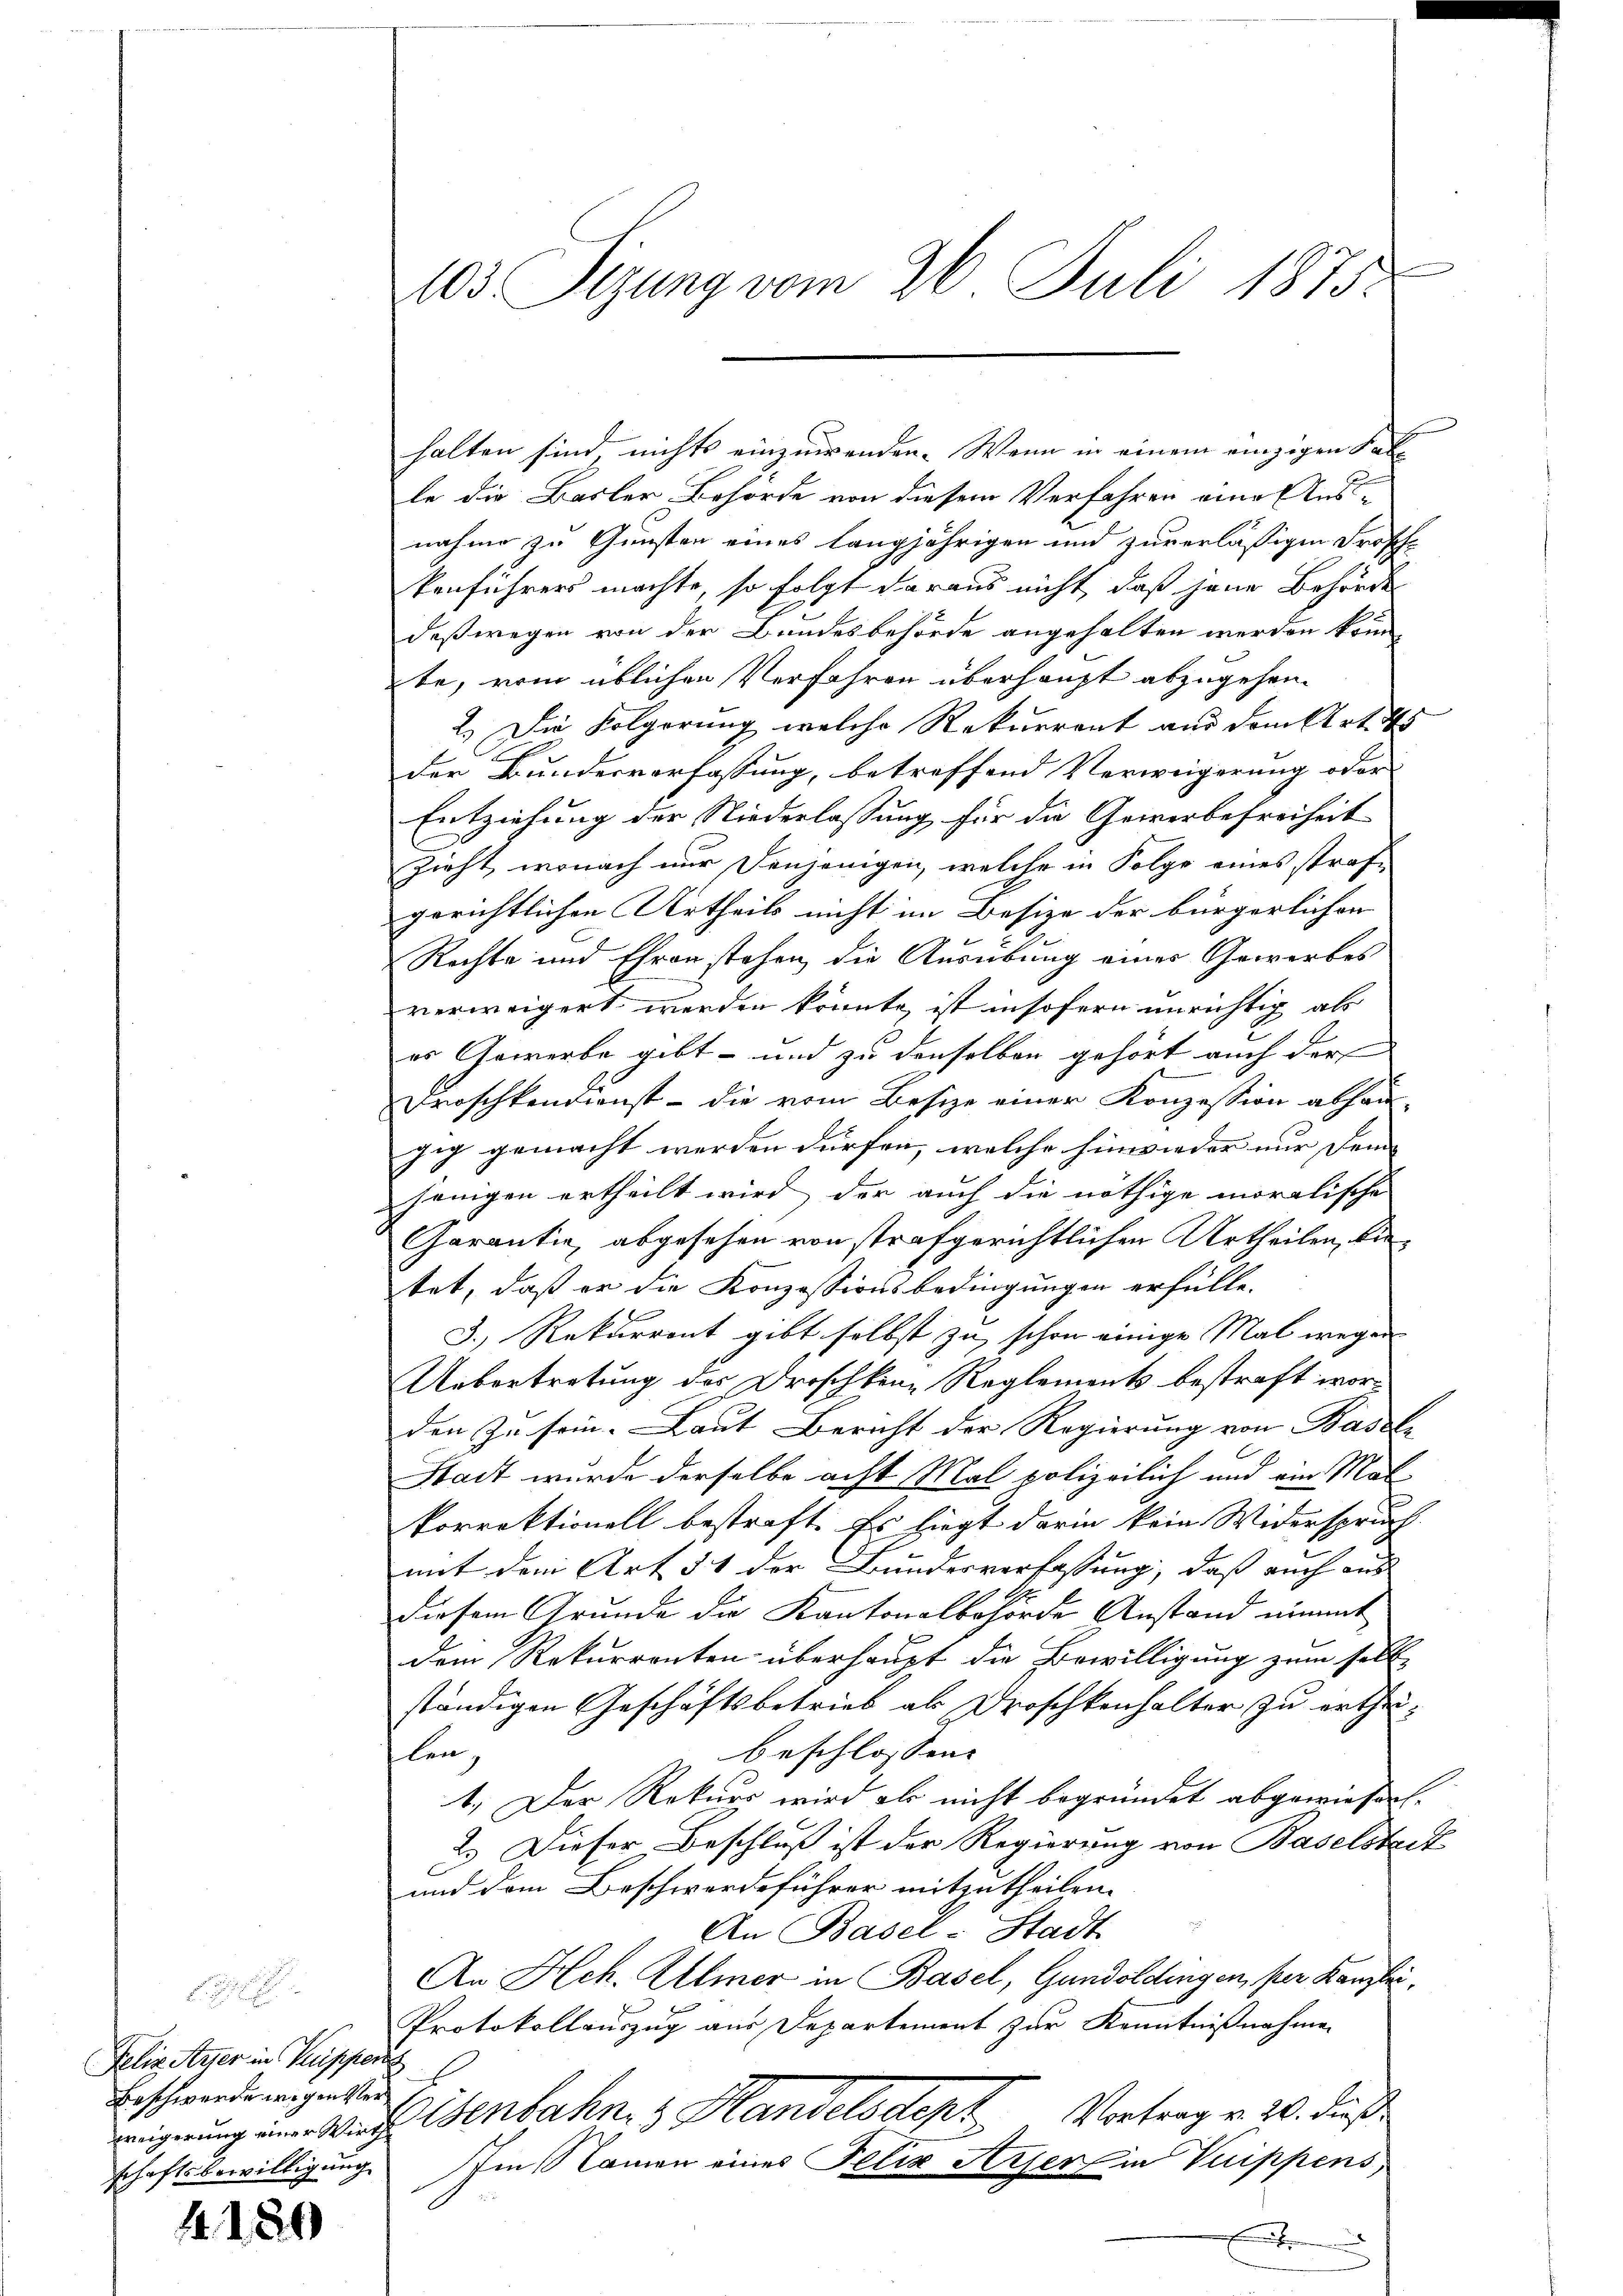
14. 120

Felix Ayer in Krippers
Beschwerde wegen Verweigerung einer Wirth
schaftsbewilligung

103 Sizung vom 26. Juli 1875.

halten sind nichts einzuwenden. Wenn in einem einzigen Sal-
le die Basler Behörde von diesem Verfahren eine Ausnahme zu Gunsten eines langjährigen und zuverläßigen Frosche
kenführers machte, so folgt daraus nicht, daß jene Behörder
deßwegen von der Bundesbehörde angehalten werden könn
te, vom üblichen Verfahren überhaupt abzugehen.
2.) Die Folgerung welche Rekurrent und dem Art. 45
der Bundesverfassung, betreffend Verweigerung oder
Entziehung der Niederlassung für die Gewerbefreiheit
Zieht, wonach nur denjenigen, welche in Folge eines straf-
gerichtlichen Urtheils nicht im Besize der bürgerlichen
Rechte und Ehren stehen, die Ausübung eines Gewerbes
verweigert werden könnte, ist insofern unrichtig als
er Gewerbe gibt – und zu denselben gehört auch darf |
Froschkendienst – die vom Besize einer Konzession abhän-
zig gemacht werden dürfen, welche hinwieder nur dem |
jenigen ertheilt wird, der auch die nöthige moralische
Garantie, abgesehen von strafgerichtlichen Urtheilen, betet, daß er die Konzessionsbedingungen erfülle.
3.) Rekurrent gibt selbst zu schon einige Mal wegen
Uebertretung des Droschkene Reglements bestraft worden zu sein. Laut Bericht der Regierung von Basel-
Stadt wurde derselbe acht Mal polizeilich und ein Mal
korrektionell bestraft. Es liegt darin kein Widerspruch
mit dem Art 51 der Bundesverfassung, daß auch aus
Diesem Grunde die Kantonalbehörde Anstand nimmt
dem Rekurrenten überhaupt die Bewilligung zum selb
ständigen Geschäftsbetrieb als Droschkenhalter zu ertheibeschlossen:
len,
1.) Der Rekurs wird als nicht begründet abgewiesen.
2.) Dieser Beschluß ist der Regierung von Baselsteck
und dem Beschwerdeführer mitzutheilen.
An Basel-Stadt
An Hch. Ulmer in Basel, Gundoldingen, per Kanzlei¬
Protokollauszug aus Departement zur Kenntnißnahme
Eisenbahn 3 Handelsdept. Vortrage 10. dies
Iinsamen eines Felix Arser in Vuippens,
x